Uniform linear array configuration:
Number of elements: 16
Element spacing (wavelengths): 0.75
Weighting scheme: hamming
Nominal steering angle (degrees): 30
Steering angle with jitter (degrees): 30.577
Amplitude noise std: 0.05
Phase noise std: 0.05

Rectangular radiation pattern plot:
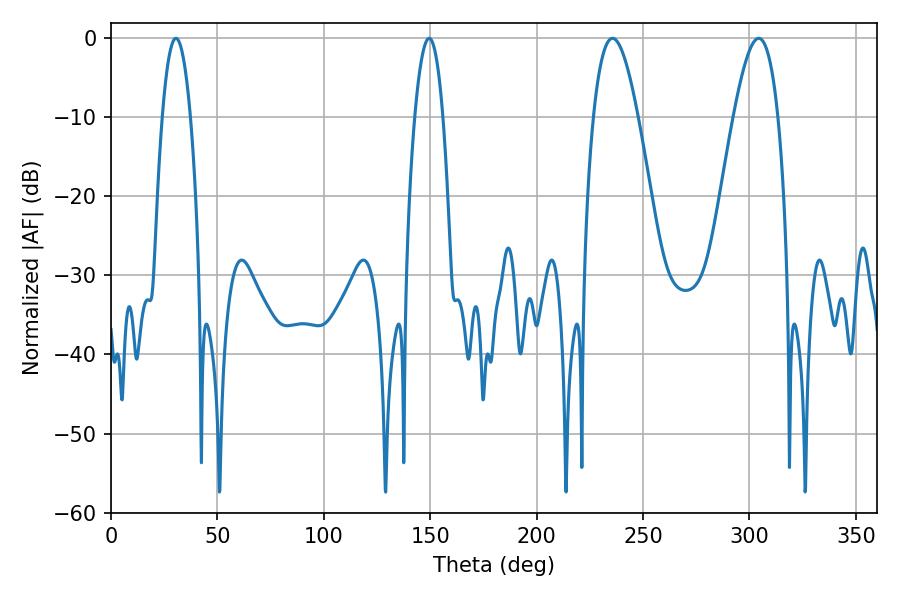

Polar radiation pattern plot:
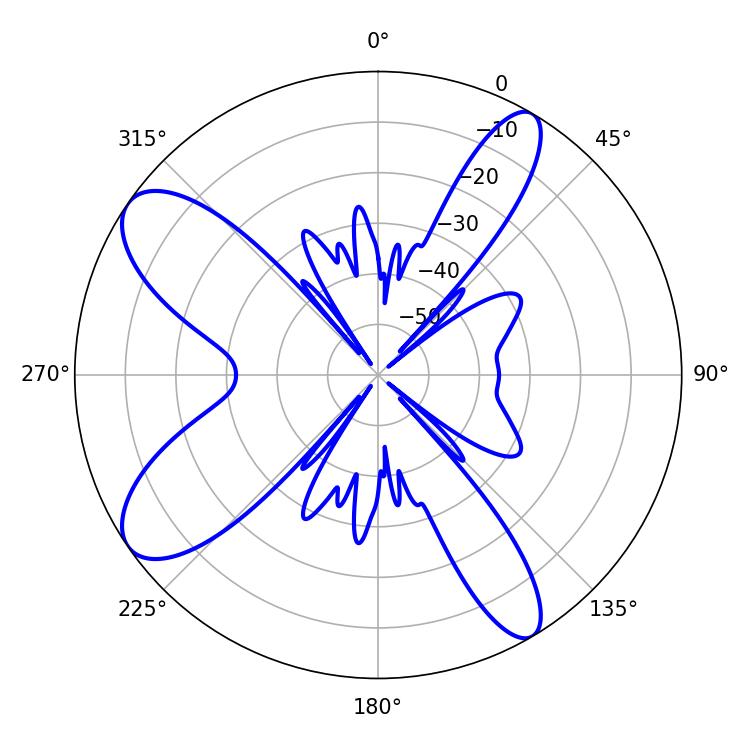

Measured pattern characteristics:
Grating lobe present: TRUE
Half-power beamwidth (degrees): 11.34
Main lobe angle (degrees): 235.62